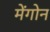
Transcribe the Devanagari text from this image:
मेंगोन